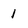
Character: 1